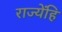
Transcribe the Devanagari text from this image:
राज्येंहि